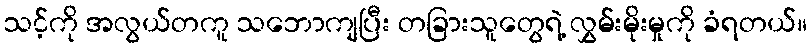
သင့်ကို အလွယ်တကူ သဘောကျပြီး တခြားသူတွေရဲ့ လွှမ်းမိုးမှုကို ခံရတယ်။